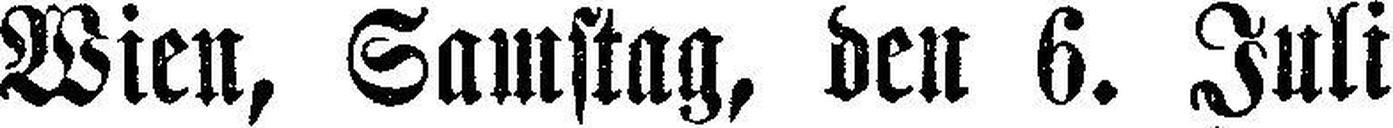
Wien, Samstag, den 6. Juli